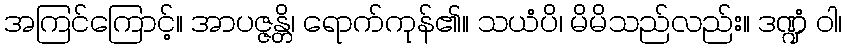
အကြင်ကြောင့်။ အာပဇ္ဇန္တိ၊ ရောက်ကုန်၏။ သယံပိ၊ မိမိသည်လည်း။ ဒဏ္ဍံ ဝါ၊